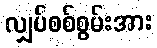
လျှပ်စစ်စွမ်းအား